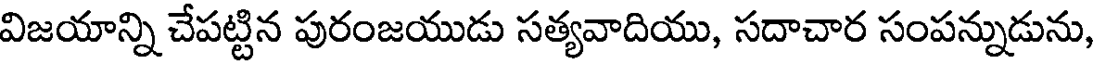
విజయాన్ని చేపట్టిన పురంజయుడు సత్యవాదియు, సదాచార సంపన్నుడును,